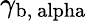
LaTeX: \gamma_{\mathrm{b,\ alpha}}